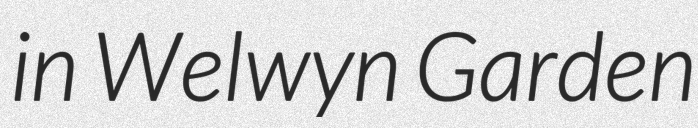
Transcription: in Welwyn Garden